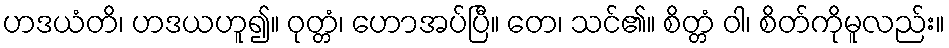
ဟဒယံတိ၊ ဟဒယဟူ၍။ ဝုတ္တံ၊ ဟောအပ်ပြီ။ တေ၊ သင်၏။ စိတ္တံ ဝါ၊ စိတ်ကိုမူလည်း။